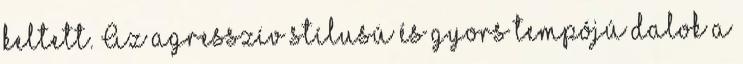
keltett. Az agresszív stílusú és gyors tempójú dalok a